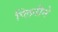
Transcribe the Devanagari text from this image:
प्लिनीने